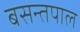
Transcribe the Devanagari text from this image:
बसन्तपाल